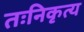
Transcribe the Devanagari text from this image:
तःनिकृत्य